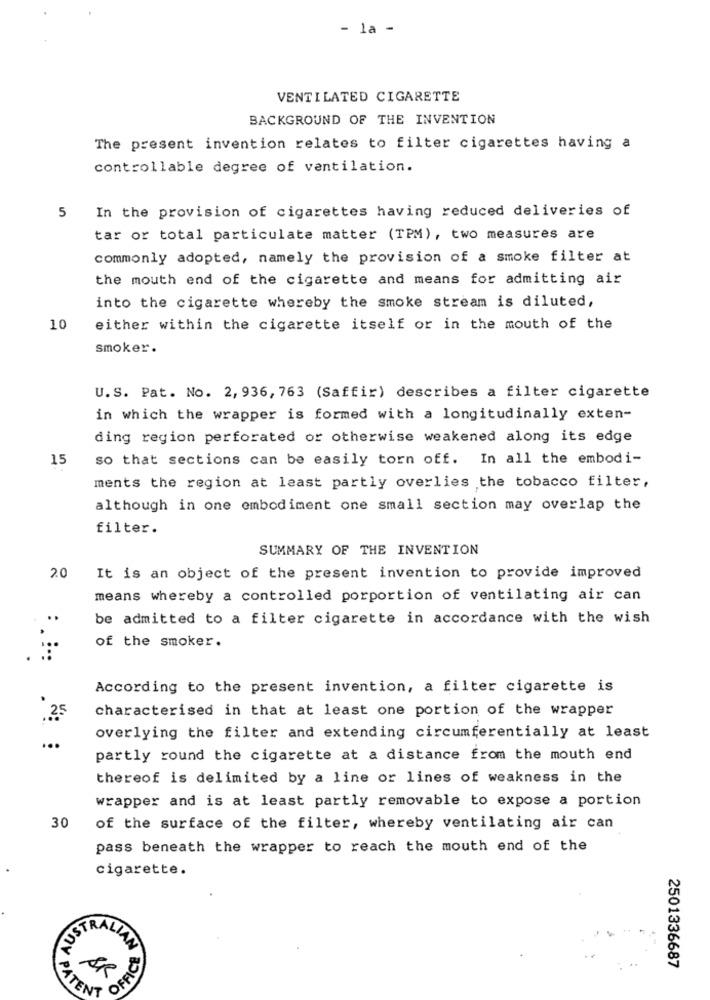
- la -
VENTILATED CIGARETTE
BACKGROUND OF THE INVENTION
The present invention relates to filter cigarettes having a
controllable degree of ventilation.
In the provision of cigarettes having reduced deliveries of
5
tar or total particulate matter (TPM), two measures are
commonly adopted, namely the provision of a smoke filter at
the mouth end of the cigarette and means for admitting air
into the cigarette whereby the smoke stream is diluted,
10
either within the cigarette itself or in the mouth of the
smoker.
U.S. Pat. No. 2,936, 763 (Saffir) describes a filter cigarette
in which the wrapper is formed with a longitudinally exten-
ding region perforated or otherwise weakened along its edge
15
so that sections can be easily torn off. In all the embodi-
ments the region at least partly overlies the tobacco filter,
although in one embodiment one small section may overlap the
filter.
SUMMARY OF THE INVENTION
2.0
It is an object of the present invention to provide improved
means whereby a controlled porportion of ventilating air can
be admitted to a filter cigarette in accordance with the wish
of the smoker.
According to the present invention, a filter cigarette is
characterised in that at least one portion of the wrapper
overlying the filter and extending circumferentially at least
partly round the cigarette at a distance from the mouth end
thereof is delimited by a line or lines of weakness in the
wrapper and is at least partly removable to expose a portion
30
of the surface of the filter, whereby ventilating air can
pass beneath the wrapper to reach the mouth end of the
cigarette.
USTRALIAN
AR
OFFIC
2501336687
PATENT